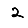
Digit: 2